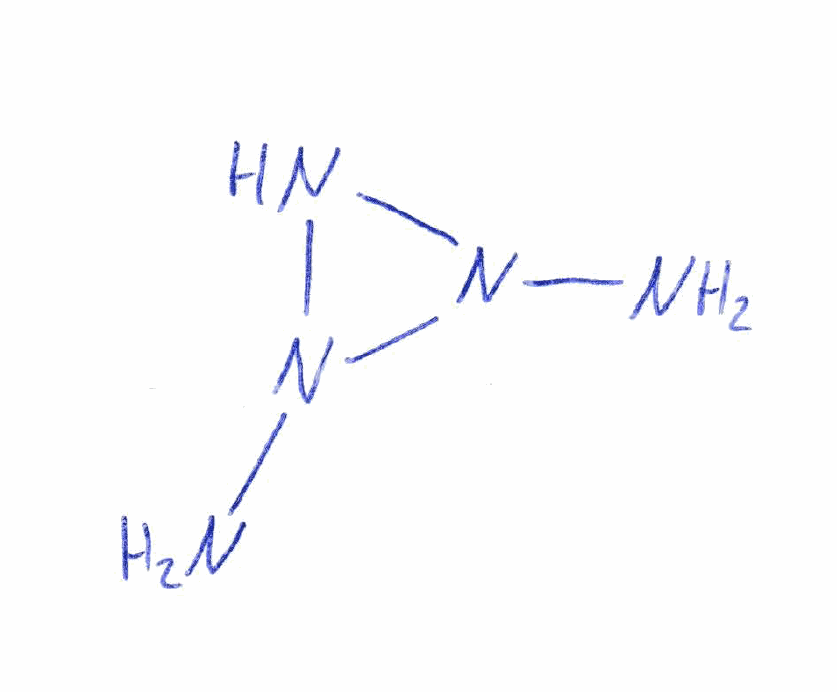
Simplified molecular-input line-entry system (SMILES) notation of the given molecule:
NN1NN1N